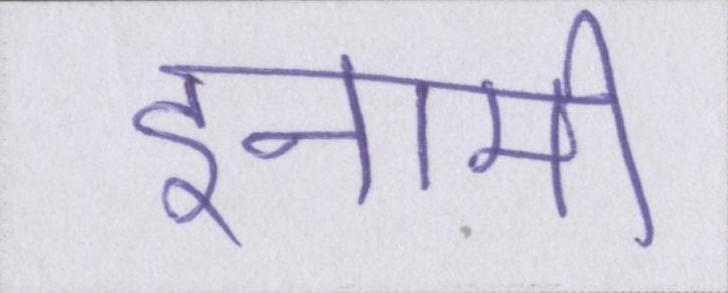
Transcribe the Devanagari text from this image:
इनामी